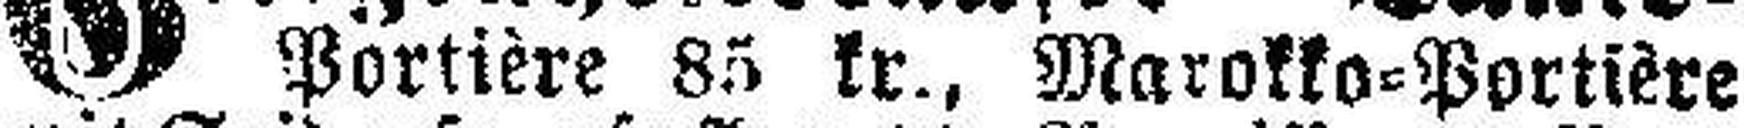
Portière 85 kr., Marokko=Portière